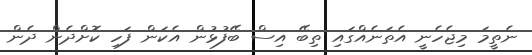
ނެތީމަ މިޖެހެނީ އެތަނެއްގައި ތިބޭ އިސް ބޭފުޅުން އެކަން ފަހި ކޮށްދެން ދެން